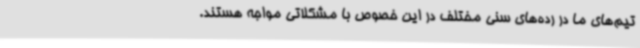
تیم‌های ما در رده‌های سنی مختلف در این خصوص با مشکلاتی مواجه هستند.